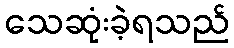
သေဆုံးခဲ့ရသည်